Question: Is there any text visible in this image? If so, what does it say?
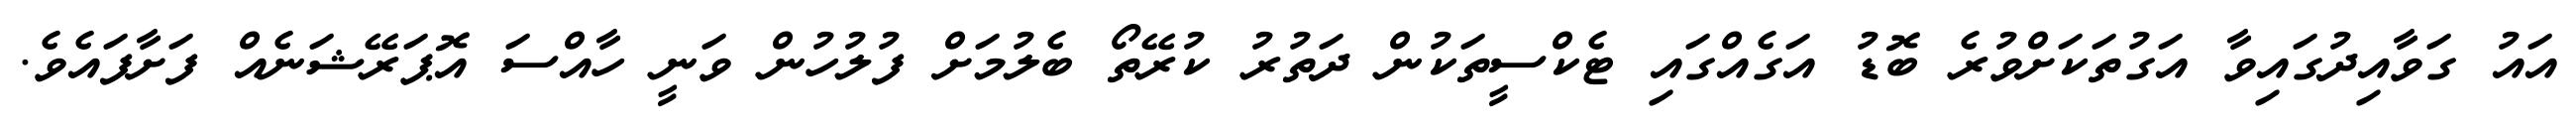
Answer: އައު ގަވާއިދުގައިވާ އަގުތަކަށްވުރެ ބޮޑު އަގެއްގައި ޓެކްސީތަކުން ދަތުރު ކުރޭތޯ ބެލުމަށް ފުލުހުން ވަނީ ހާއްސަ އޮޕަރޭޝަނެއް ފަށާފައެވެ.